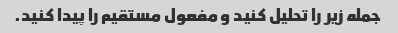
جمله زیر را تحلیل کنید و مفعول مستقیم را پیدا کنید.